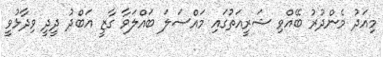
މިއަދު މެންދުރު ބޭއްވި ޝަރީއަތުގައި މައްސަލަ ބައްލަވާ ގާޒީ އަބްދު ދީދީ ވިދާޅުވީ